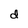
Character: d